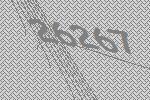
26267